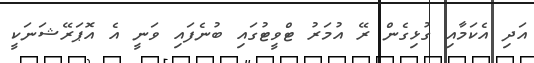
އަދި އެކަމާއި ގުޅިގެން ރޭ އުމަރު ޓްވީޓުގައި ބުނެފައި ވަނީ އެ އޮޕަރޭޝަނަކީ